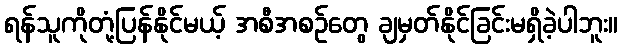
ရန်သူကိုတုံ့ပြန်နိုင်မယ့် အစီအစဉ်တွေ ချမှတ်နိုင်ခြင်းမရှိခဲ့ပါဘူး။